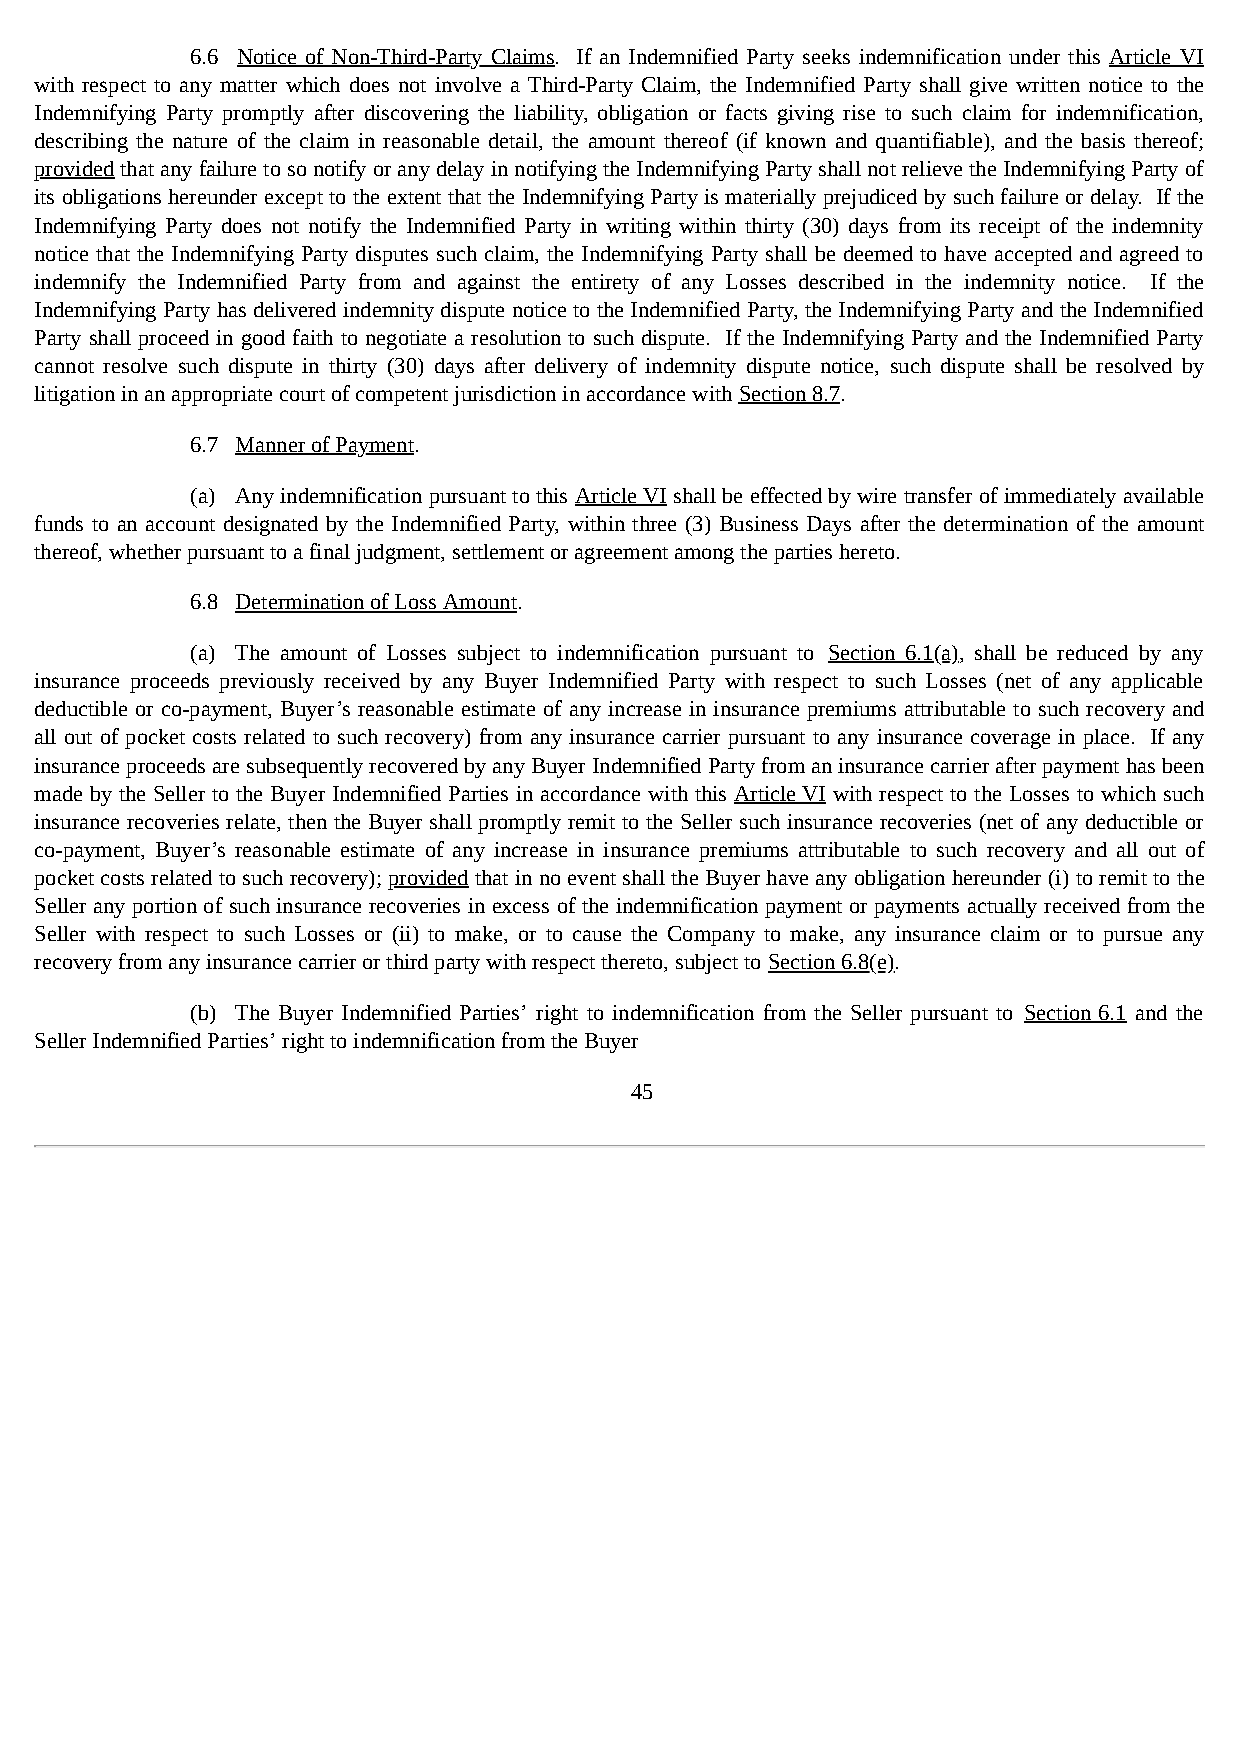
6.6 Notice of Non-Third-Party Claims. If an Indemnified Party seeks indemnification under this Article VI
 with respect to any matter which does not involve a Third-Party Claim, the Indemnified Party shall give written notice to the
 Indemnifying Party promptly after discovering the liability, obligation or facts giving rise to such claim for indemnification,
 describing the nature of the claim in reasonable detail, the amount thereof (if known and quantifiable), and the basis thereof;
 provided that any failure to so notify or any delay in notifying the Indemnifying Party shall not relieve the Indemnifying Party of
 its obligations hereunder except to the extent that the Indemnifying Party is materially prejudiced by such failure or delay. If the
 Indemnifying Party does not notify the Indemnified Party in writing within thirty (30) days from its receipt of the indemnity
 notice that the Indemnifying Party disputes such claim, the Indemnifying Party shall be deemed to have accepted and agreed to
 indemnify the Indemnified Party from and against the entirety of any Losses described in the indemnity notice. If the
 Indemnifying Party has delivered indemnity dispute notice to the Indemnified Party, the Indemnifying Party and the Indemnified
 Party shall proceed in good faith to negotiate a resolution to such dispute. If the Indemnifying Party and the Indemnified Party
 cannot resolve such dispute in thirty (30) days after delivery of indemnity dispute notice, such dispute shall be resolved by
 litigation in an appropriate court of competent jurisdiction in accordance with Section 8.7.
 6.7 Manner of Payment.
 (a) Any indemnification pursuant to this Article VI shall be effected by wire transfer of immediately available
 funds to an account designated by the Indemnified Party, within three (3) Business Days after the determination of the amount
 thereof, whether pursuant to a final judgment, settlement or agreement among the parties hereto.
 6.8 Determination of Loss Amount.
 (a) The amount of Losses subject to indemnification pursuant to Section 6.1(a), shall be reduced by any
 insurance proceeds previously received by any Buyer Indemnified Party with respect to such Losses (net of any applicable
 deductible or co-payment, Buyer’s reasonable estimate of any increase in insurance premiums attributable to such recovery and
 all out of pocket costs related to such recovery) from any insurance carrier pursuant to any insurance coverage in place. If any
 insurance proceeds are subsequently recovered by any Buyer Indemnified Party from an insurance carrier after payment has been
 made by the Seller to the Buyer Indemnified Parties in accordance with this Article VI with respect to the Losses to which such
 insurance recoveries relate, then the Buyer shall promptly remit to the Seller such insurance recoveries (net of any deductible or
 co-payment, Buyer’s reasonable estimate of any increase in insurance premiums attributable to such recovery and all out of
 pocket costs related to such recovery); provided that in no event shall the Buyer have any obligation hereunder (i) to remit to the
 Seller any portion of such insurance recoveries in excess of the indemnification payment or payments actually received from the
 Seller with respect to such Losses or (ii) to make, or to cause the Company to make, any insurance claim or to pursue any
 recovery from any insurance carrier or third party with respect thereto, subject to Section 6.8(e).
 (b) The Buyer Indemnified Parties’ right to indemnification from the Seller pursuant to Section 6.1 and the
 Seller Indemnified Parties’ right to indemnification from the Buyer
 45